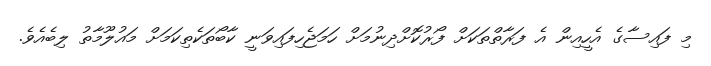
މި ފައިސާގެ އެހީއިން އެ ފަރާތްތަކަށް ފޯރުކޮށްދިނުމަށް ހަމަޖެހިފައިވަނީ ކާބޯތަކެތިކަމަށް މައުލޫމާތު ލިބެއެވެ.